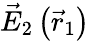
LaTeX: \vec{E}_{2}\left(\vec{r}_{1}\right)